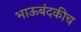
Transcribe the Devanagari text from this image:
भाऊबंदकीच